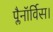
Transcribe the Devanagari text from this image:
प्लैनॉर्विस।